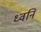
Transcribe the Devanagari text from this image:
ध्‍वनि